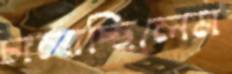
চালাচ্ছিলেম